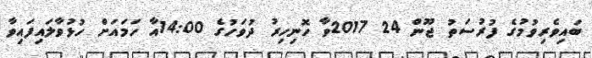
ބައިވެރިވުމުގެ ފުރުސަތު ޖޫން 24 2017ވާ ހޮނިހިރު ދުވަހުގެ 14:00އާ ހަމައަށް ހުޅުވާލައިފައިވާ